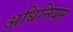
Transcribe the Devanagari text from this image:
अधिनियम्